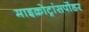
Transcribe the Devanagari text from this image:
माइक्रोट्रांसपोंडर